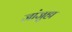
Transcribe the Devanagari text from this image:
जांजुहा